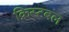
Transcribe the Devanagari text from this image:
क्रिस्टबल